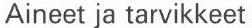
Aineet ja tarvikkeet